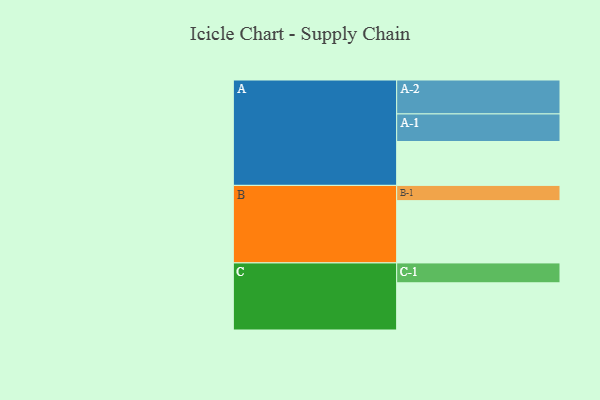
{"axis": {"x": "Segment", "y": "Value"}, "legend": ["", "A", "B", "C"], "data": [{"x": "A", "y": 331, "type": ""}, {"x": "B", "y": 470, "type": ""}, {"x": "C", "y": 356, "type": ""}, {"x": "A-1", "y": 208, "type": "A"}, {"x": "A-2", "y": 256, "type": "A"}, {"x": "B-1", "y": 115, "type": "B"}, {"x": "C-1", "y": 150, "type": "C"}]}